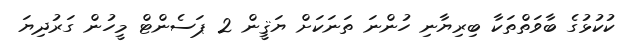
ކުކުޅުގެ ބާވަތްތަކާ ބިރިޔާނި ހުންނަ ތަނަކަށް ޔަޤީން 2 ޕަސެންޓް މީހުން ގަރުދިޔަ